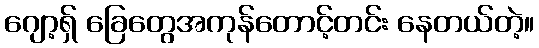
ဂျော့ရှ် ခြေတွေအကုန်တောင့်တင်း နေတယ်တဲ့။